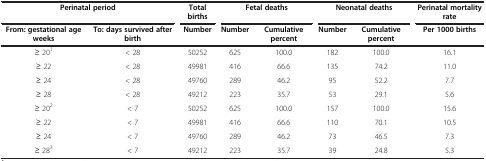
| <COLSPAN=2> Perinatal period | Total births | <COLSPAN=2> Fetal deaths | <COLSPAN=2> Neonatal deaths | Perinatal mortality rate |
 | From: gestational age weeks | To: days survived after birth | Number | Number | Cumulative percent | Number | Cumulative percent | Per 1000 births |
 | --- | --- | --- | --- | --- | --- | --- | --- |
 | ≥ 201 | < 28 | 50252 | 625 | 100.0 | 182 | 100.0 | 16.1 |
 | ≥ 22 | < 28 | 49981 | 416 | 66.6 | 135 | 74.2 | 11.0 |
 | ≥ 24 | < 28 | 49760 | 289 | 46.2 | 95 | 52.2 | 7.7 |
 | ≥ 28 | < 28 | 49212 | 223 | 35.7 | 53 | 29.1 | 5.6 |
 | ≥ 202 | < 7 | 50252 | 625 | 100.0 | 157 | 100.0 | 15.6 |
 | ≥ 22 | < 7 | 49981 | 416 | 66.6 | 110 | 70.1 | 10.5 |
 | ≥ 24 | < 7 | 49760 | 289 | 46.2 | 73 | 46.5 | 7.3 |
 | ≥ 283 | < 7 | 49212 | 223 | 35.7 | 39 | 24.8 | 5.3 |